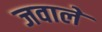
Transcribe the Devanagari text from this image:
जवाले